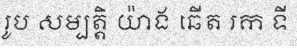
រូប សម្បត្តិ យ៉ាង ឆើត រក ទី